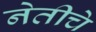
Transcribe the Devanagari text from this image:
नेतीचे